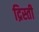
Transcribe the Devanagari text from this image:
द्रिस्ती